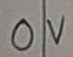
Text: 0V